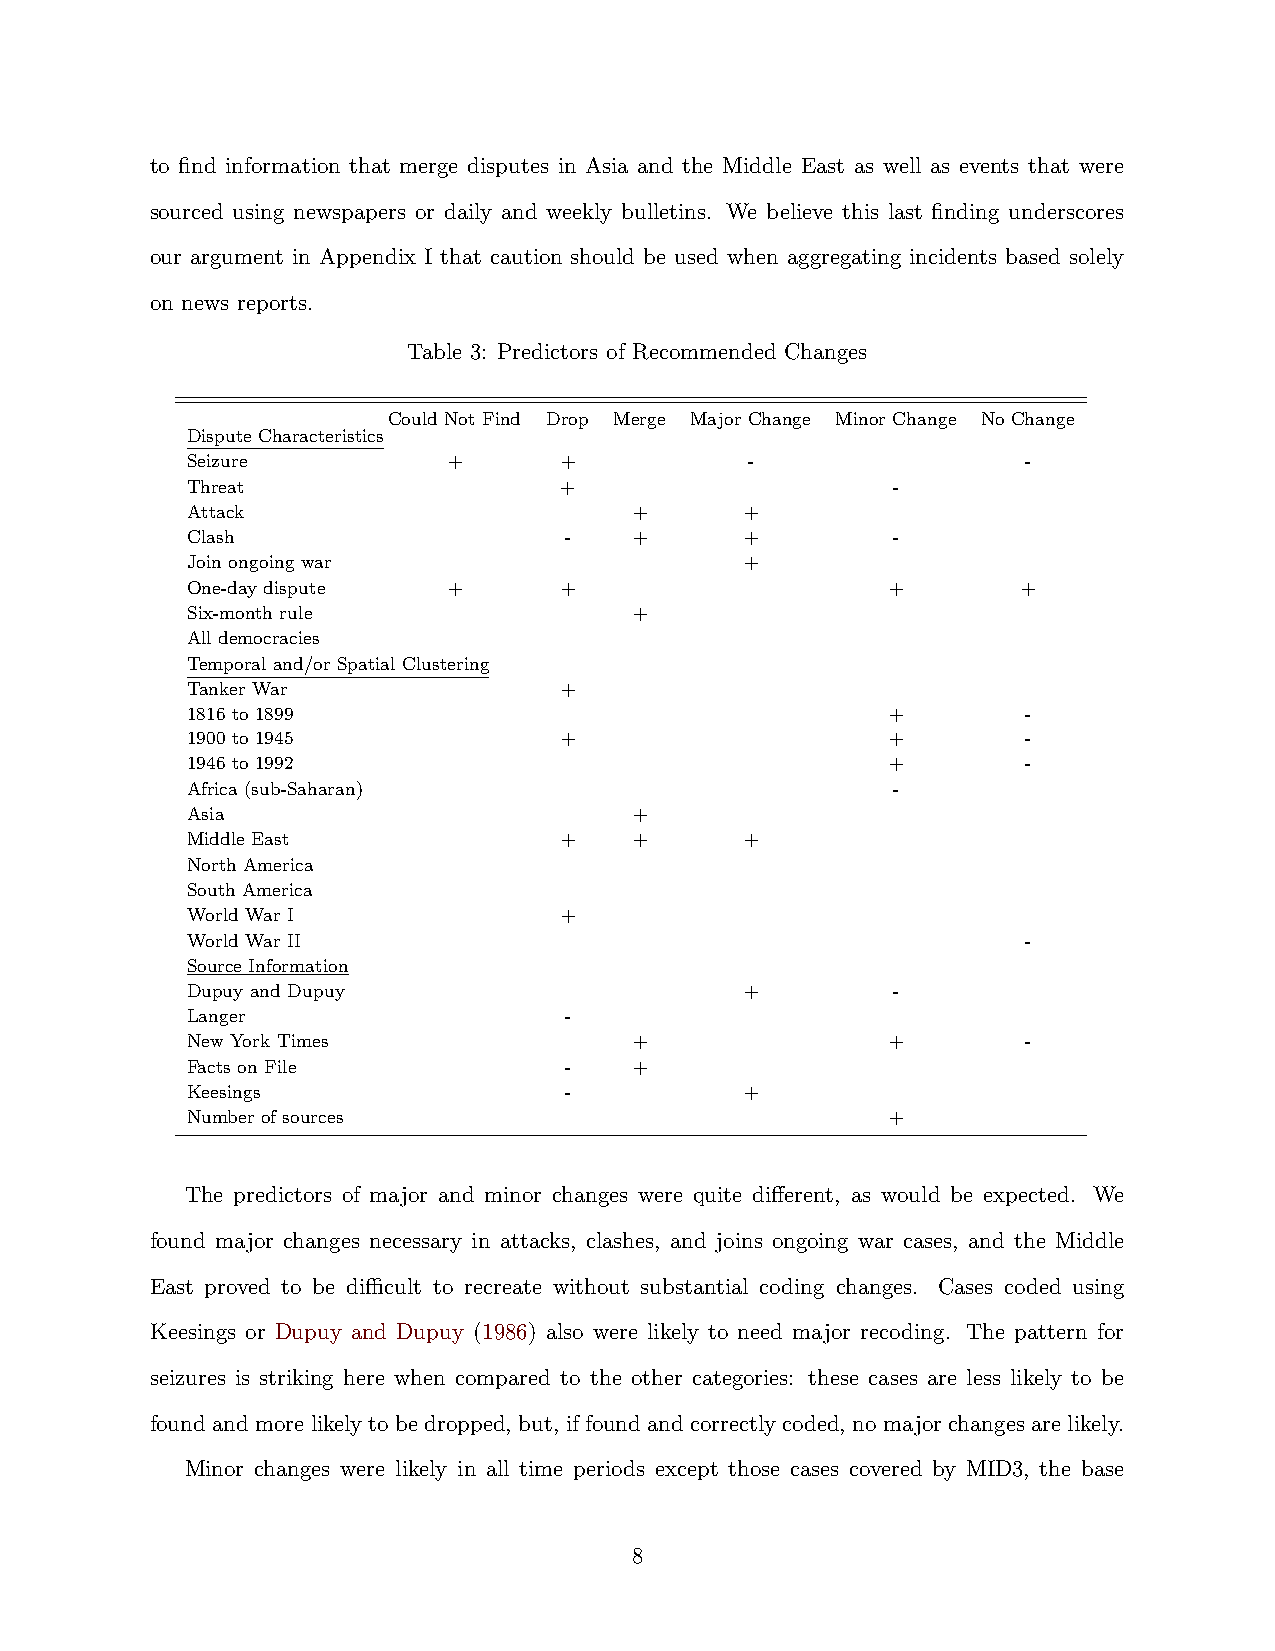
to find information that merge disputes in Asia and the Middle East as well as events that were
 sourced using newspapers or daily and weekly bulletins. We believe this last finding underscores
 our argument in Appendix I that caution should be used when aggregating incidents based solely
 on news reports.
 Table 3: Predictors of Recommended Changes
 Could Not Find Drop Merge Major Change Minor Change No Change
 Dispute Characteristics
 Seizure           +      +            -                 -
 Threat                   +                     -
 Attack                        +      +
 Clash                    -    +      +         -
 Join ongoing war                     +
 One-day dispute   +      +                     +        +
 Six-month rule                +
 All democracies
 Temporal and/or Spatial Clustering
 Tanker War               +
 1816 to 1899                                   +        -
 1900 to 1945             +                     +        -
 1946 to 1992                                   +        -
 Africa (sub-Saharan)                           -
 Asia                          +
 Middle East              +    +      +
 North America
 South America
 World War I              +
 World War II                                            -
 Source Information
 Dupuy and Dupuy                      +         -
 Langer                   -
 New York Times                +                +        -
 Facts on File            -    +
 Keesings                 -           +
 Number of sources                              +
 The predictors of major and minor changes were quite different, as would be expected. We
 found major changes necessary in attacks, clashes, and joins ongoing war cases, and the Middle
 East proved to be difficult to recreate without substantial coding changes. Cases coded using
 Keesings or Dupuy and Dupuy (1986) also were likely to need major recoding. The pattern for
 seizures is striking here when compared to the other categories: these cases are less likely to be
 foundandmorelikelytobedropped, but, iffoundandcorrectlycoded, nomajorchangesarelikely.
 Minor changes were likely in all time periods except those cases covered by MID3, the base
 8